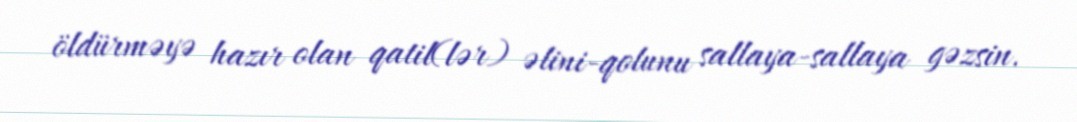
öldürməyə hazır olan qatil(lər) əlini-qolunu sallaya-sallaya gəzsin.